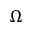
\Omega